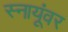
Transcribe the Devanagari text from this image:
स्नायूंवर